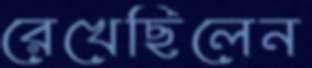
রেখেছিলেন